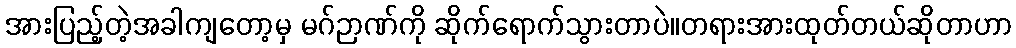
အားပြည့်တဲ့အခါကျတော့မှ မဂ်ဉာဏ်ကို ဆိုက်ရောက်သွားတာပဲ။တရားအားထုတ်တယ်ဆိုတာဟာ